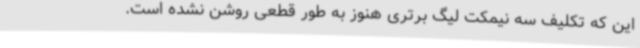
این که تکلیف سه نیمکت لیگ برتری هنوز به‌ طور قطعی روشن نشده است.